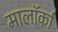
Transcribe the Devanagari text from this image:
मालॉर्का